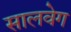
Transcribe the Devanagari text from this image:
सालवेग